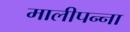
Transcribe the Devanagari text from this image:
मालीपन्‍ना